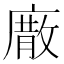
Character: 𢊰